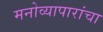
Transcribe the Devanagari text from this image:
मनोव्यापारांचा